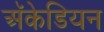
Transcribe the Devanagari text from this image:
अॅकेडियन